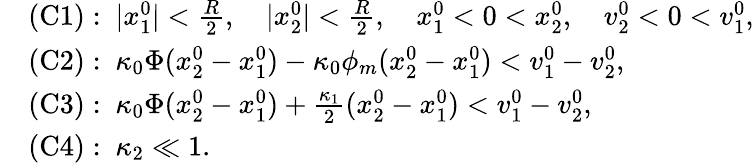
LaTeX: \begin{array}{r}{\begin{array}{rl}&{\mathrm{(C1)}:~|x_{1}^{0}|<\frac{R}{2},\quad|x_{2}^{0}|<\frac{R}{2},\quad x_{1}^{0}<0<x_{2}^{0},\quad v_{2}^{0}<0<v_{1}^{0},}\\ &{\mathrm{(C2)}:~\kappa_{0}\Phi(x_{2}^{0}-x_{1}^{0})-\kappa_{0}\phi_{m}(x_{2}^{0}-x_{1}^{0})<v_{1}^{0}-v_{2}^{0},}\\ &{\mathrm{(C3)}:~\kappa_{0}\Phi(x_{2}^{0}-x_{1}^{0})+\frac{\kappa_{1}}{2}(x_{2}^{0}-x_{1}^{0})<v_{1}^{0}-v_{2}^{0},}\\ &{\mathrm{(C4)}:~\kappa_{2}\ll 1.}\end{array}}\end{array}